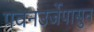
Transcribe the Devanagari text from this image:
पवनउर्जेपासुन